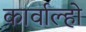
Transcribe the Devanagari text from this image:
कार्वाल्हो